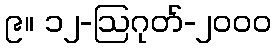
၉။ ၁၂-ဩဂုတ်-၂၀၀၀